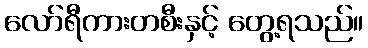
လော်ရီကားတစီးနှင့် တွေ့ရသည်။